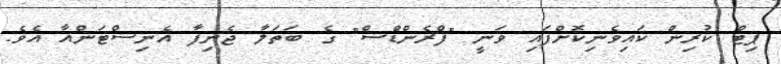
ޕިޓް ކުރިން ކައިވެނިކޮށްފައި ވަނީ "ފްރެންޑްސް" ގެ ބަތަލާ ޖެނިފާ އެނިސްޓަންއާ އެވެ.